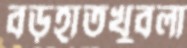
বড়হাতখুবলা